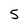
Character: 5